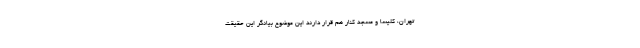
تهران، کلیسا و مسجد کنار هم قرار دارند این موضوع بیانگر این حقیقت